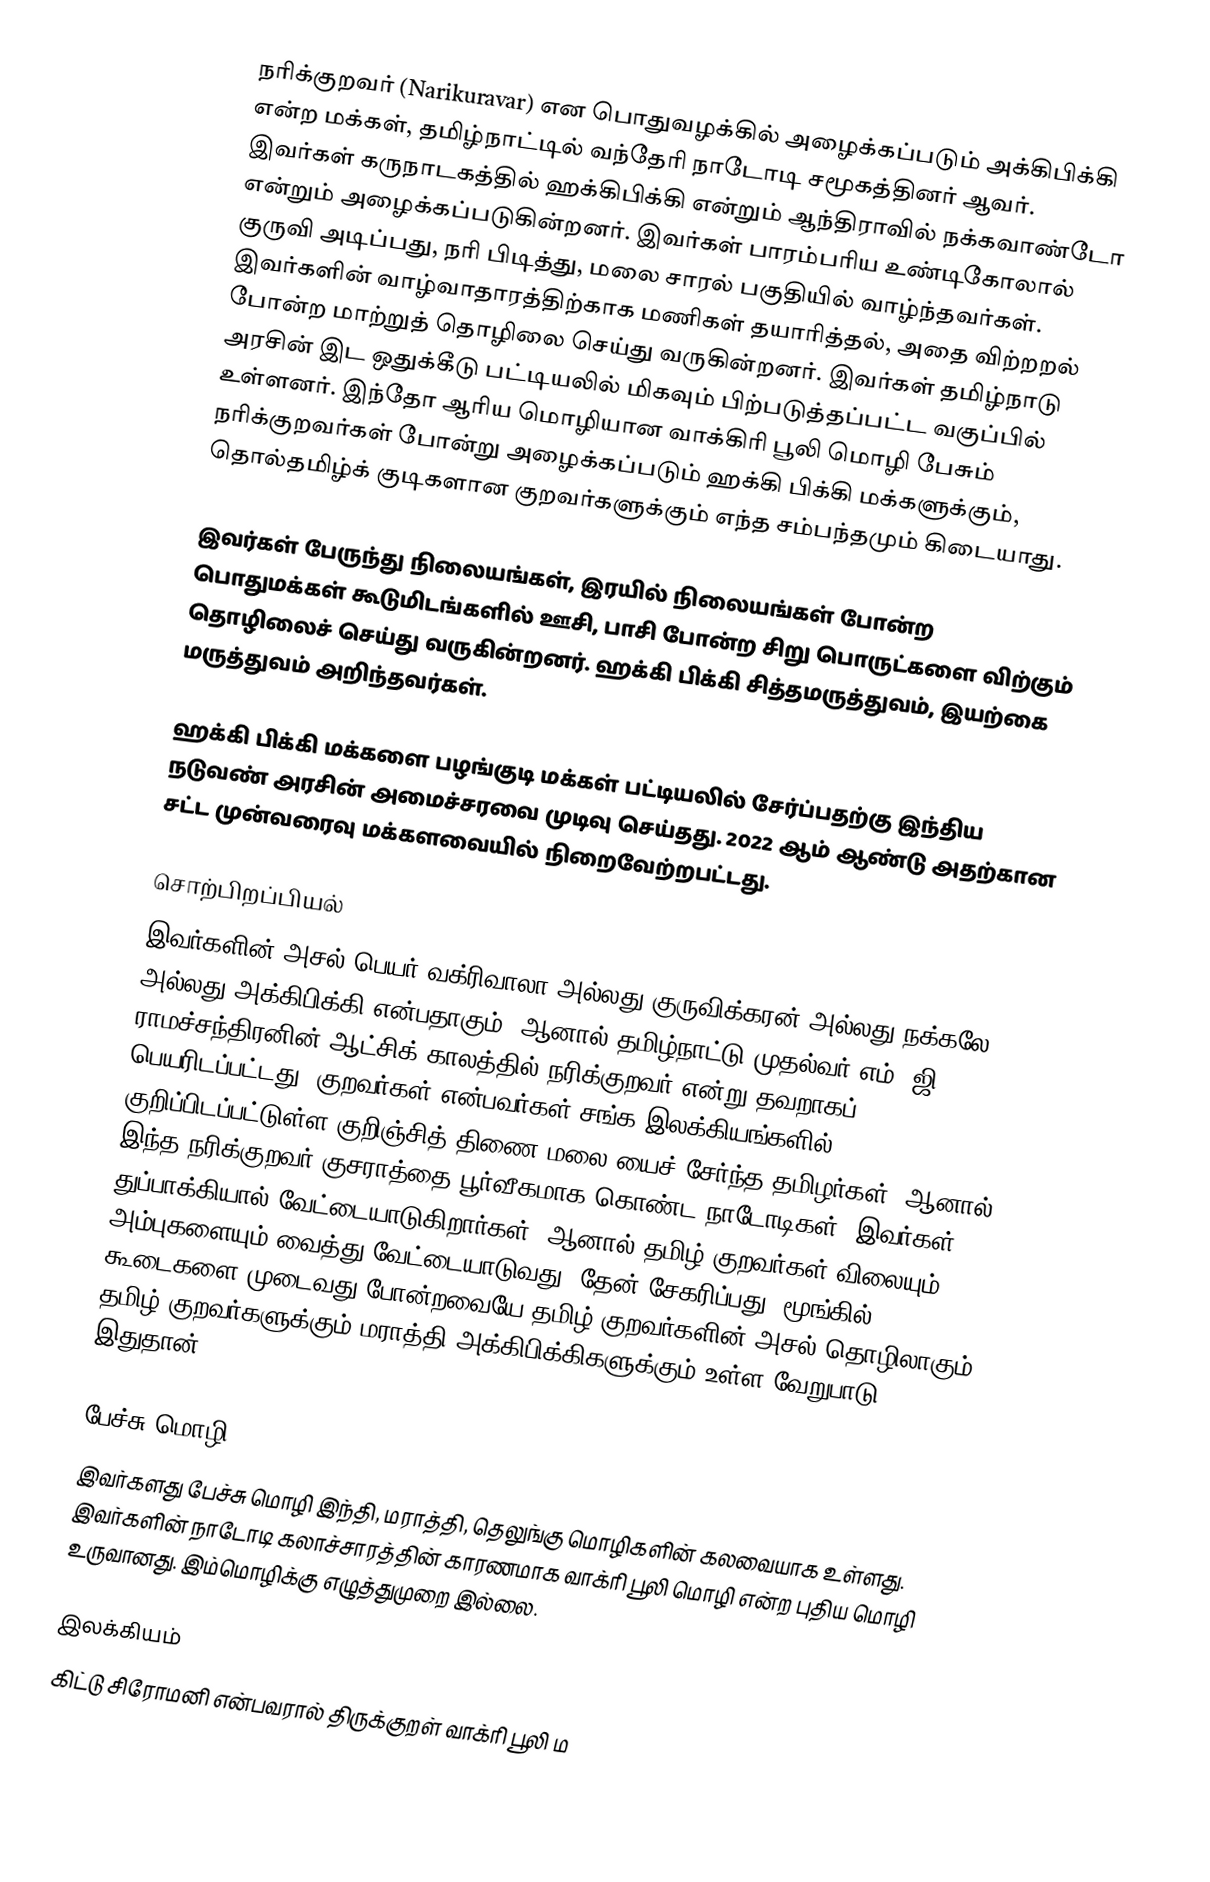
நரிக்குறவர் (Narikuravar) என பொதுவழக்கில் அழைக்கப்படும் அக்கிபிக்கி  என்ற மக்கள், தமிழ்நாட்டில் வந்தேரி நாடோடி  சமூகத்தினர் ஆவர்.  இவர்கள் கருநாடகத்தில் ஹக்கிபிக்கி என்றும் ஆந்திராவில் நக்கவாண்டோ என்றும் அழைக்கப்படுகின்றனர்.  இவர்கள் பாரம்பரிய உண்டிகோலால் குருவி அடிப்பது, நரி பிடித்து, மலை சாரல் பகுதியில் வாழ்ந்தவர்கள். இவர்களின் வாழ்வாதாரத்திற்காக மணிகள் தயாரித்தல், அதை விற்றறல் போன்ற மாற்றுத் தொழிலை செய்து வருகின்றனர். இவர்கள் தமிழ்நாடு அரசின் இட ஒதுக்கீடு பட்டியலில் மிகவும் பிற்படுத்தப்பட்ட வகுப்பில் உள்ளனர். இந்தோ ஆரிய மொழியான வாக்கிரி பூலி மொழி பேசும் நரிக்குறவர்கள் போன்று அழைக்கப்படும் ஹக்கி பிக்கி மக்களுக்கும், தொல்தமிழ்க் குடிகளான குறவர்களுக்கும் எந்த சம்பந்தமும் கிடையாது.

இவர்கள் பேருந்து நிலையங்கள், இரயில் நிலையங்கள் போன்ற பொதுமக்கள் கூடுமிடங்களில் ஊசி, பாசி போன்ற சிறு பொருட்களை விற்கும் தொழிலைச் செய்து வருகின்றனர். ஹக்கி பிக்கி சித்தமருத்துவம், இயற்கை மருத்துவம் அறிந்தவர்கள்.

ஹக்கி பிக்கி மக்களை பழங்குடி மக்கள் பட்டியலில் சேர்ப்பதற்கு இந்திய நடுவண் அரசின் அமைச்சரவை முடிவு செய்தது. 2022 ஆம் ஆண்டு அதற்கான சட்ட முன்வரைவு மக்களவையில் நிறைவேற்றபட்டது.

சொற்பிறப்பியல்
இவர்களின் அசல் பெயர் வக்ரிவாலா அல்லது குருவிக்கரன் அல்லது நக்கலே அல்லது அக்கிபிக்கி என்பதாகும். ஆனால் தமிழ்நாட்டு முதல்வர் எம். ஜி. ராமச்சந்திரனின் ஆட்சிக் காலத்தில் நரிக்குறவர் என்று தவறாகப் பெயரிடப்பட்டது. குறவர்கள் என்பவர்கள் சங்க இலக்கியங்களில் குறிப்பிடப்பட்டுள்ள குறிஞ்சித் திணை[மலை]யைச் சேர்ந்த தமிழர்கள். ஆனால் இந்த நரிக்குறவர் குசராத்தை பூர்வீகமாக கொண்ட நாடோடிகள். இவர்கள் துப்பாக்கியால் வேட்டையாடுகிறார்கள். ஆனால் தமிழ் குறவர்கள் விலையும் அம்புகளையும் வைத்து வேட்டையாடுவது, தேன் சேகரிப்பது, மூங்கில் கூடைகளை முடைவது போன்றவையே தமிழ் குறவர்களின் அசல் தொழிலாகும். தமிழ் குறவர்களுக்கும் மராத்தி அக்கிபிக்கிகளுக்கும் உள்ள வேறுபாடு இதுதான்.

பேச்சு மொழி
இவர்களது பேச்சு மொழி இந்தி, மராத்தி, தெலுங்கு மொழிகளின் கலவையாக உள்ளது. இவர்களின் நாடோடி கலாச்சாரத்தின் காரணமாக வாக்ரி பூலி மொழி என்ற புதிய மொழி உருவானது. இம்மொழிக்கு எழுத்துமுறை இல்லை.

இலக்கியம்
கிட்டு சிரோமனி என்பவரால் திருக்குறள் வாக்ரி பூலி ம